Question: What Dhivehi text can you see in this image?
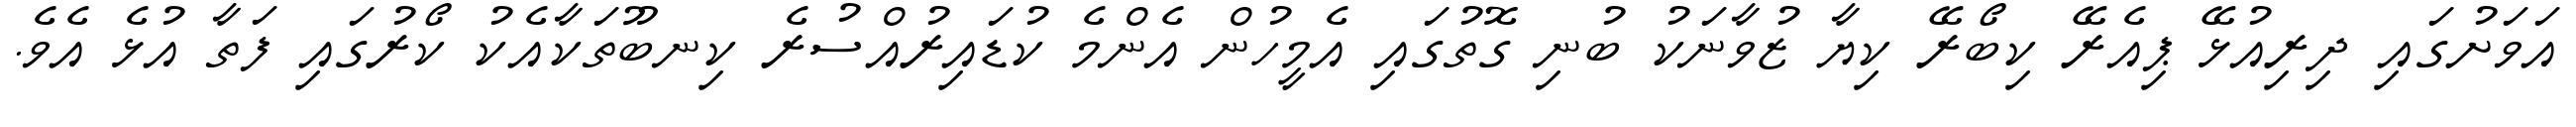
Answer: އަވަށުގައި ދިރިއުޅޭ ޕިއެރޭ ކިބޯރޭ ކިޔާ ޒުވާނަކު ބުނި ގޮތުގައި އެމީހުން އެންމެ ކުޑައިރުއްސުރެ ކިނބޫތަކާއެކު ކޯރުގައި ފަތާ އުޅެ އެވެ.